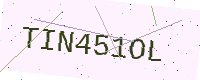
Text: TIN451OL